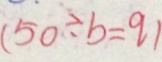
( 5 0 \div b = q )